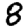
Digit: 8